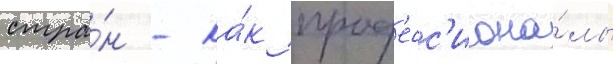
стра́н - ка́к проф'есс'иона́лы